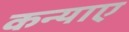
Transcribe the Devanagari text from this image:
कन्याए